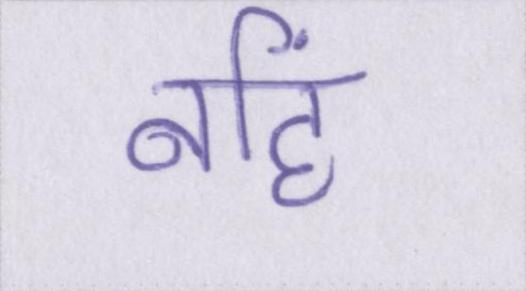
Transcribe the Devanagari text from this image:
नहिं